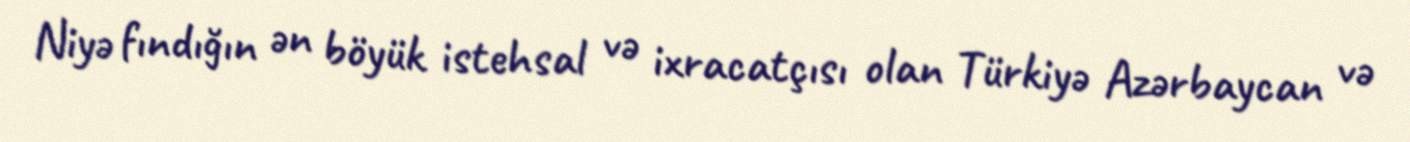
Niyə fındığın ən böyük istehsal və ixracatçısı olan Türkiyə Azərbaycan və